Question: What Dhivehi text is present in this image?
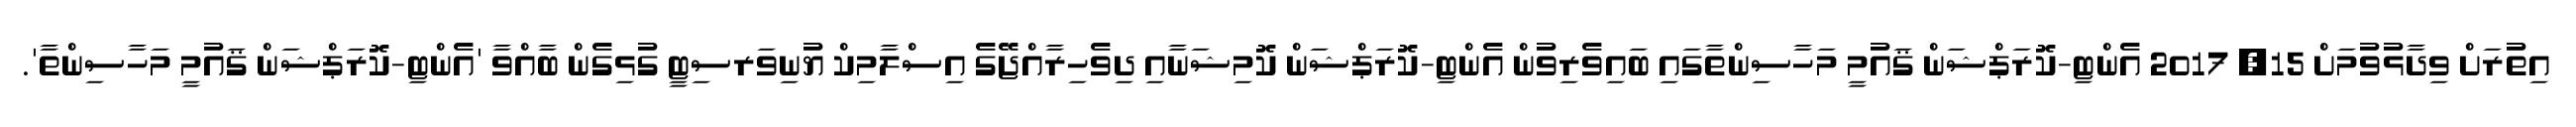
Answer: އިތުރަށް ވިދާޅުވުމަށް 15, 2017 އެންޓި-ކޮރަޕްޝަން ޤައުމީ މަހާސިންތާގައި ބައިވެރިވުން އެންޓި-ކޮރަޕްޝަން ކޮމިޝަނާއި ދިވެހިރާއްޖޭގެ އިސްލާމިކް ޔުނިވަރސިޓީ ގުޅިގެން ބާއްވާ 'އެންޓި-ކޮރަޕްޝަން ޤައުމީ މަހާސިންތާ'.